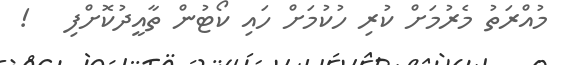
މުއްރަތު މެރުމަށް ކުރި ހުކުމަށް ހައި ކޯޓުން ތާއީދުކޮށްފި   !